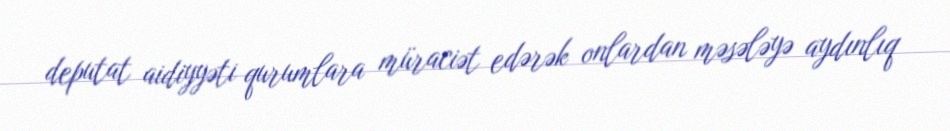
deputat aidiyyəti qurumlara müraciət edərək onlardan məsələyə aydınlıq